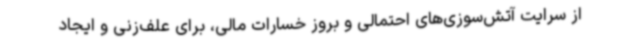
از سرایت آتش‌سوزی‌های احتمالی و بروز خسارات مالی، برای علف‌زنی و ایجاد